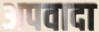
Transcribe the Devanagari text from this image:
अपवादा